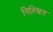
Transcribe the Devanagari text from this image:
निश्श्चित